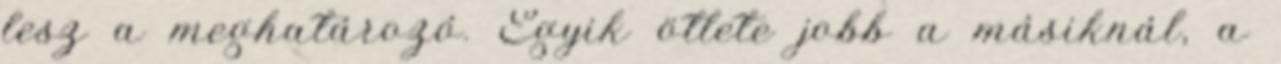
lesz a meghatározó. Egyik ötlete jobb a másiknál, a